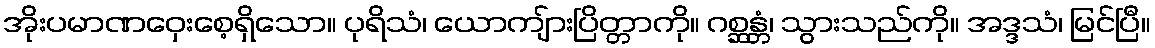
အိုးပမာဏဝှေးစေ့ရှိသော။ ပုရိသံ၊ ယောကျ်ားပြိတ္တာကို။ ဂစ္ဆန္တံ၊ သွားသည်ကို။ အဒ္ဒသံ၊ မြင်ပြီ။